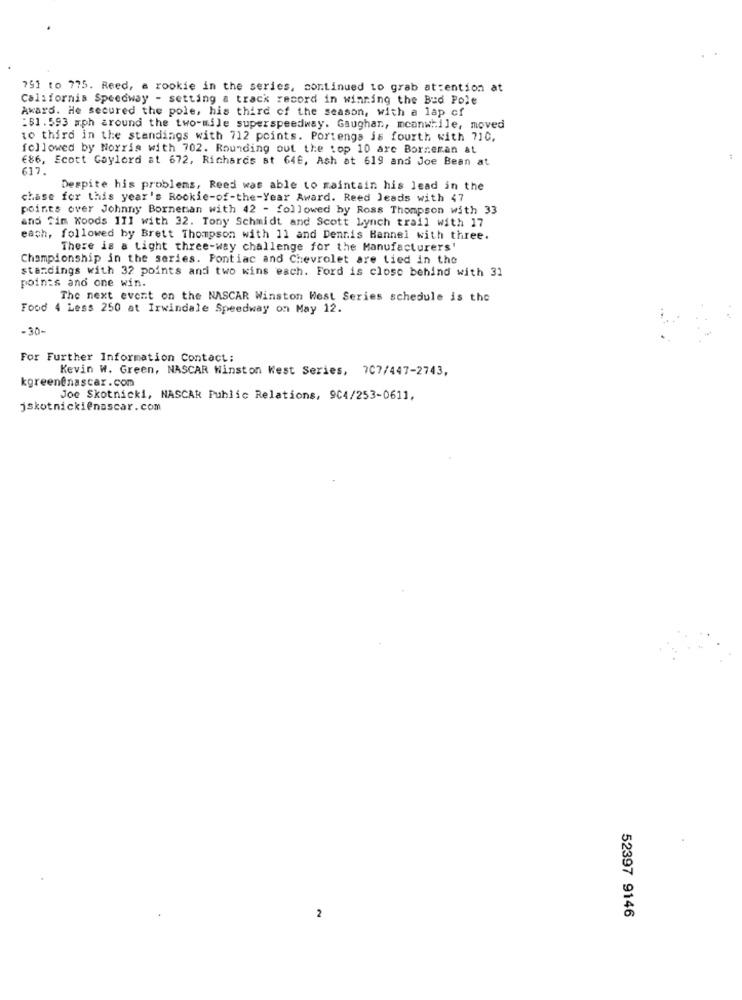
751 to 775. Reed, a rookie in the series, continued to grab attention at
California Speedway - setting a track record in winning the Bed Pole
Award. He secured the pole, his third of the season, with a lap of
:$1. 593 mph around the two-mile superspeedway. Gaughan, meanwhile, moved
to third in the standings with 712 points. Portenga is fourth with 710,
followed by Norris with 702. Rounding out the top 10 are Borreman at
€86, Scott Gaylord at 672, Richards st 646, Ash at 619 and Joe Bean at
617.
Despite his problems, Reed was able to maintain his lead in the
chase for this year's Rookie-of-the-Year Award. Reed Jeads with 47
points over Johnny Borneman with 42 - followed by Ross Thompson with 33
and fim Koods 111 with 32. Tony Schmidt and Scott Lynch trail with 17
each, followed by Brett Thompson with 11 and Dennis Hannel with three.
There is a tight three-way challenge for the Manufacturers'
Championship in the series. Pontiac and Chevrolet are tied in the
standings with 32 points and two wins each. Ford is close behind with 31
points and one win.
The next event on the NASCAR Winston West Series schedule is the
Food 4 Less 250 at Irwindale Speedway on May 12.
-30-
For Further Information Contact:
Kevin W. Green, NASCAR Winston Kest Series, 707/447-2743,
kgreen@nascar.com
Joe Skotnicki, NASCAR Public Relations, 904/253-0611,
jskotnickienascar.com
2
52397 9146